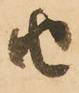
由